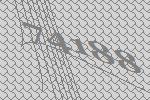
74188